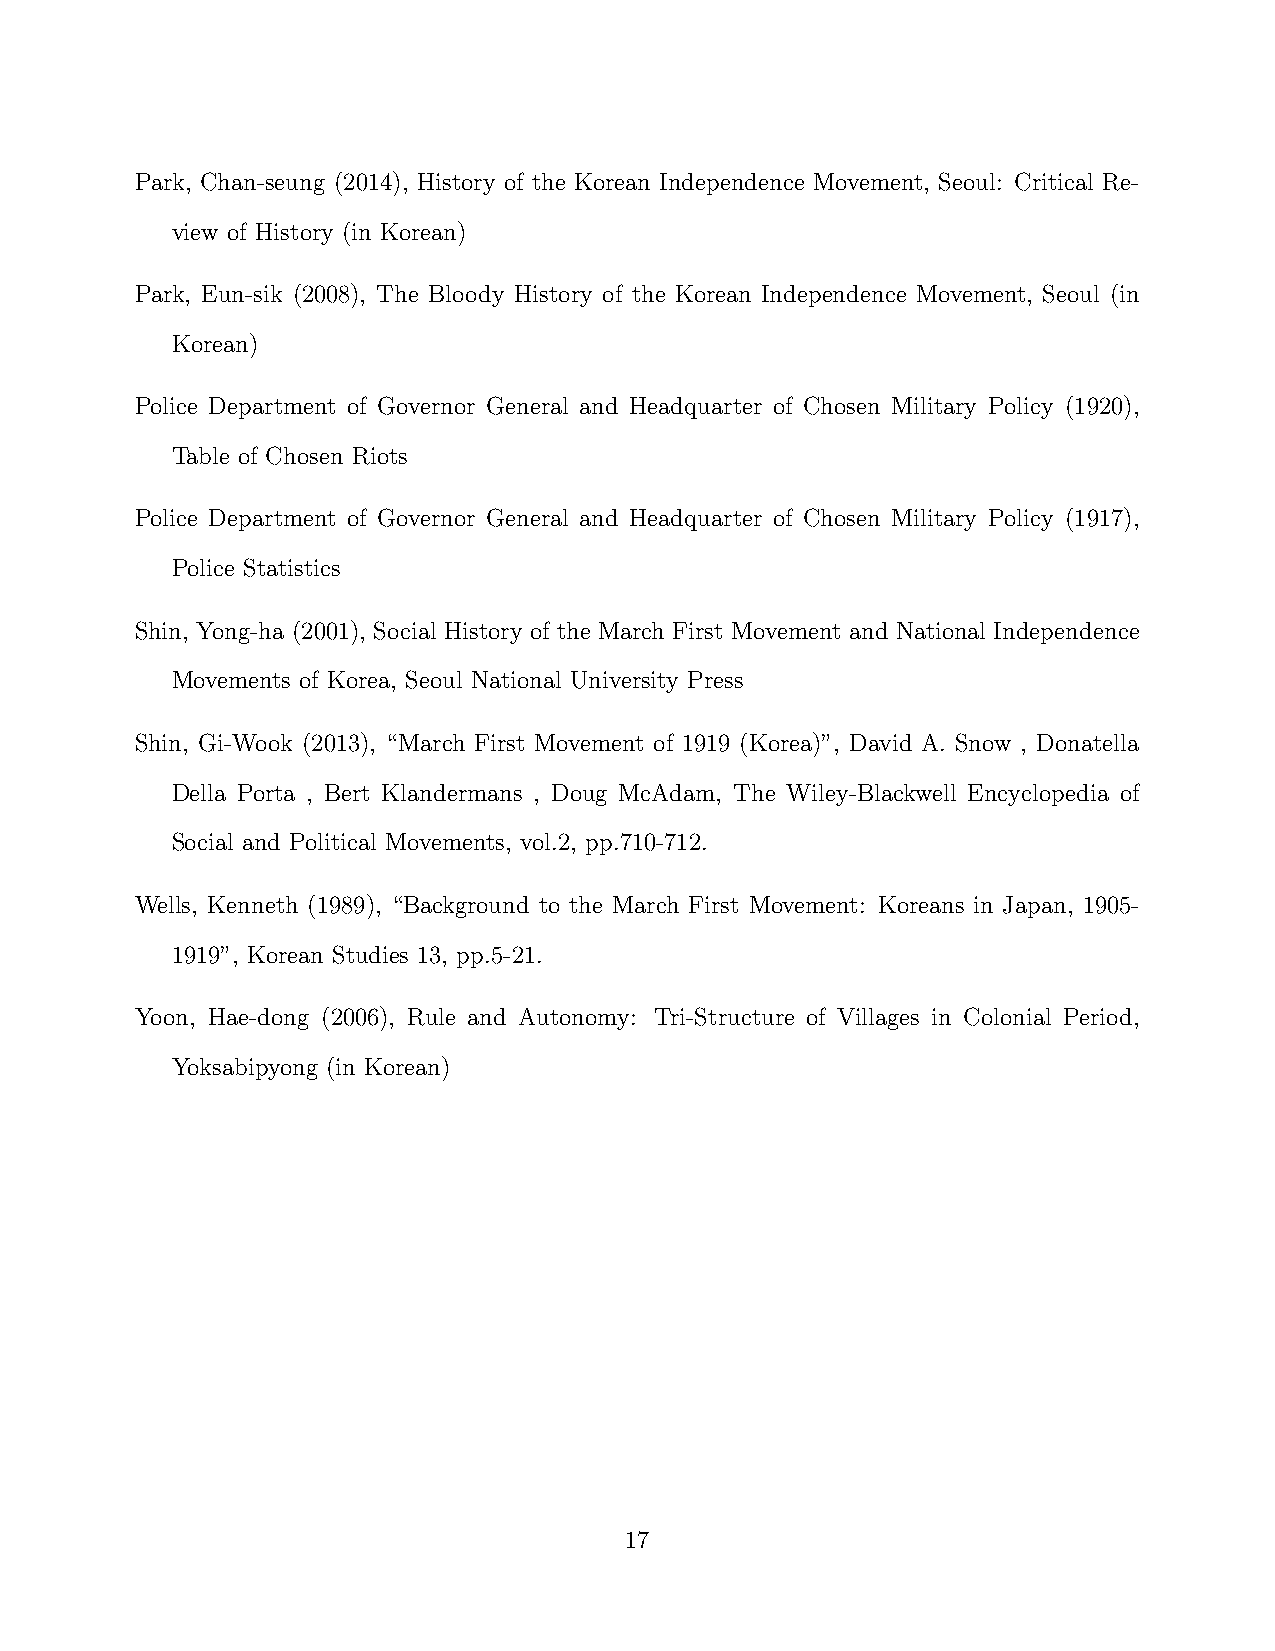
Park, Chan-seung (2014), History of the Korean Independence Movement, Seoul: Critical Re-
 view of History (in Korean)
 Park, Eun-sik (2008), The Bloody History of the Korean Independence Movement, Seoul (in
 Korean)
 Police Department of Governor General and Headquarter of Chosen Military Policy (1920),
 Table of Chosen Riots
 Police Department of Governor General and Headquarter of Chosen Military Policy (1917),
 Police Statistics
 Shin, Yong-ha (2001), Social History of the March First Movement and National Independence
 Movements of Korea, Seoul National University Press
 Shin, Gi-Wook (2013), “March First Movement of 1919 (Korea)”, David A. Snow , Donatella
 Della Porta , Bert Klandermans , Doug McAdam, The Wiley-Blackwell Encyclopedia of
 Social and Political Movements, vol.2, pp.710-712.
 Wells, Kenneth (1989), “Background to the March First Movement: Koreans in Japan, 1905-
 1919”, Korean Studies 13, pp.5-21.
 Yoon, Hae-dong (2006), Rule and Autonomy: Tri-Structure of Villages in Colonial Period,
 Yoksabipyong (in Korean)
 17